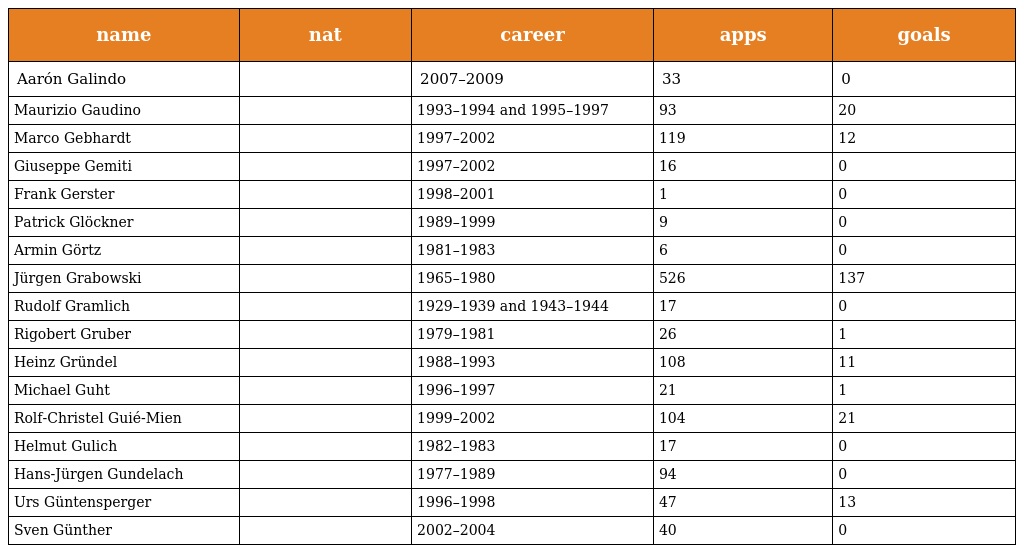
| name | nat | career | apps | goals |
 | --- | --- | --- | --- | --- |
 | Aarón Galindo |  | 2007–2009 | 33 | 0 |
 | Maurizio Gaudino |  | 1993–1994 and 1995–1997 | 93 | 20 |
 | Marco Gebhardt |  | 1997–2002 | 119 | 12 |
 | Giuseppe Gemiti |  | 1997–2002 | 16 | 0 |
 | Frank Gerster |  | 1998–2001 | 1 | 0 |
 | Patrick Glöckner |  | 1989–1999 | 9 | 0 |
 | Armin Görtz |  | 1981–1983 | 6 | 0 |
 | Jürgen Grabowski |  | 1965–1980 | 526 | 137 |
 | Rudolf Gramlich |  | 1929–1939 and 1943–1944 | 17 | 0 |
 | Rigobert Gruber |  | 1979–1981 | 26 | 1 |
 | Heinz Gründel |  | 1988–1993 | 108 | 11 |
 | Michael Guht |  | 1996–1997 | 21 | 1 |
 | Rolf-Christel Guié-Mien |  | 1999–2002 | 104 | 21 |
 | Helmut Gulich |  | 1982–1983 | 17 | 0 |
 | Hans-Jürgen Gundelach |  | 1977–1989 | 94 | 0 |
 | Urs Güntensperger |  | 1996–1998 | 47 | 13 |
 | Sven Günther |  | 2002–2004 | 40 | 0 |